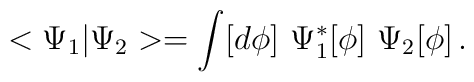
<\Psi_1|\Psi_2> = \int [d \phi] \,\, \Psi_1^*[\phi] \,\, \Psi_2 [\phi] \, .